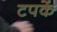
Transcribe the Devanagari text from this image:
टपकें